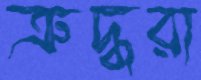
ত্রুদ্ধরা